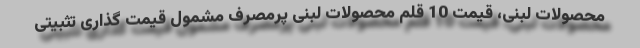
محصولات لبنی، قیمت 10 قلم محصولات لبنی پرمصرف مشمول قیمت گذاری تثبیتی